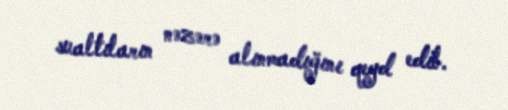
sualtıların nəzərə alınmadığını qeyd edib.